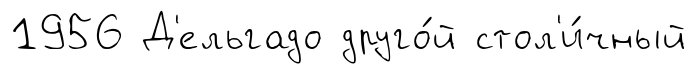
1956 Д'ельгадо друго́й стол'и́чный